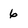
Character: 6